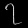
Digit: ၇